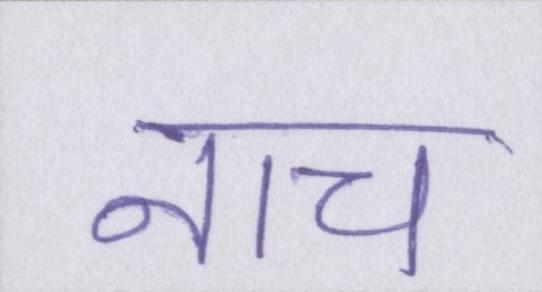
नाच